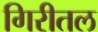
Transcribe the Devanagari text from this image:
गिरीतल